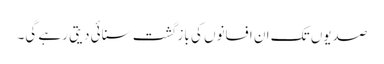
صدیوں تک ان افسانوں کی باز گشت سنائی دیتی رہے گی۔